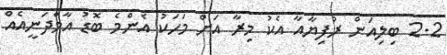
2.2 ބިލިއަން ރުފިޔާއާ އެކު މިރާ އަށް މަހަކު އެންމެ ބޮޑު އާމްދަނީއެއް